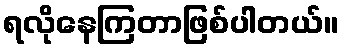
ရလိုနေကြတာဖြစ်ပါတယ်။